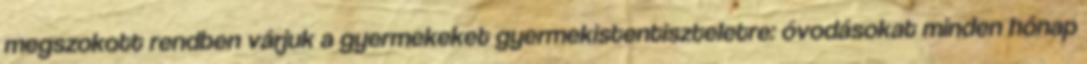
megszokott rendben várjuk a gyermekeket gyermekistentiszteletre: óvodásokat minden hónap